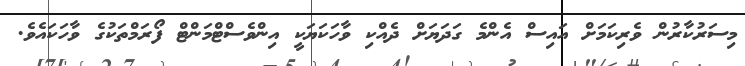
މިސަރުކާރުން ވެރިކަމަށް އައިސް އެންމެ ގަދަޔަށް ދެއްކި ވާހަކަޔަކީ އިންވެސްޓްމަންޓް ފޯރަމްތަކުގެ ވާހަކައެވެ.